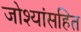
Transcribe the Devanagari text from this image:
जोश्यांसहित